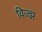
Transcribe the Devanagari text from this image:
विज्झ